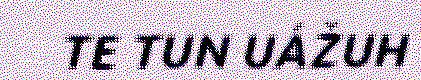
TE TUN UÁŽUH